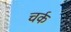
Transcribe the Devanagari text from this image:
चर्क